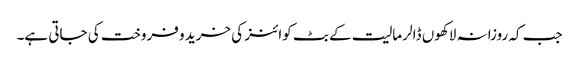
جب کہ روزانہ لاکھوں ڈالر مالیت کے بٹ کوائنز کی خرید و فروخت کی جاتی ہے۔